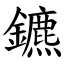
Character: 鑣